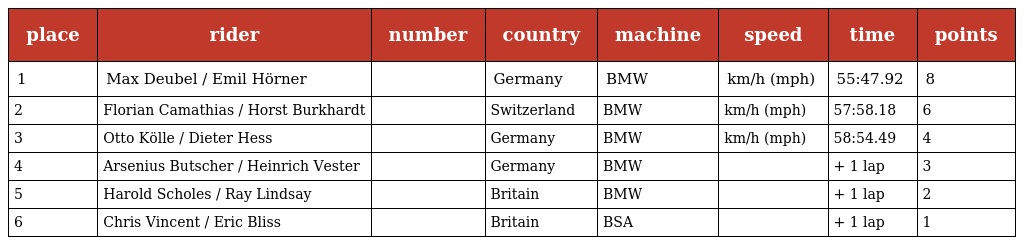
| place | rider | number | country | machine | speed | time | points |
 | --- | --- | --- | --- | --- | --- | --- | --- |
 | 1 | Max Deubel / Emil Hörner |  | Germany | BMW | km/h (mph) | 55:47.92 | 8 |
 | 2 | Florian Camathias / Horst Burkhardt |  | Switzerland | BMW | km/h (mph) | 57:58.18 | 6 |
 | 3 | Otto Kölle / Dieter Hess |  | Germany | BMW | km/h (mph) | 58:54.49 | 4 |
 | 4 | Arsenius Butscher / Heinrich Vester |  | Germany | BMW |  | + 1 lap | 3 |
 | 5 | Harold Scholes / Ray Lindsay |  | Britain | BMW |  | + 1 lap | 2 |
 | 6 | Chris Vincent / Eric Bliss |  | Britain | BSA |  | + 1 lap | 1 |